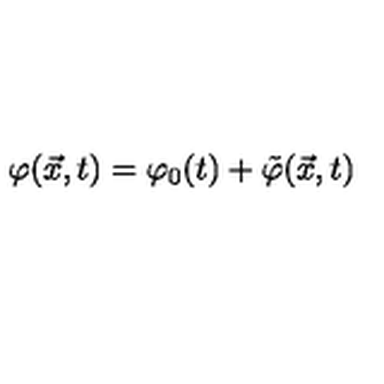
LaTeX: \varphi ( { \vec { x } } , t ) = \varphi _ { 0 } ( t ) + { \tilde { \varphi } } ( \vec { x } , t )